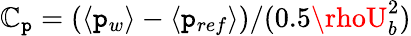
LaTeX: \mathbb{C}_{\mathtt{p}}=(\langle\mathtt{p}_{w}\rangle-\langle\mathtt{p}_{ref}\rangle)/(0.5\rhoU_{b}^{2})